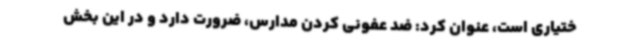
ختیاری است، عنوان کرد: ضد عفونی کردن مدارس، ضرورت دارد و در این بخش